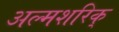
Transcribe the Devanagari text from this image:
अल्मशरिक्